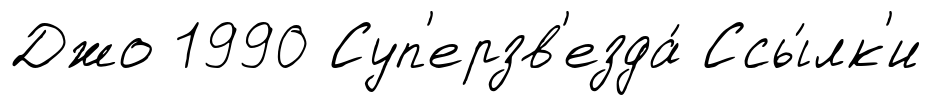
Джо 1990 Суп'ерзв'езда́ Ссы́лк'и